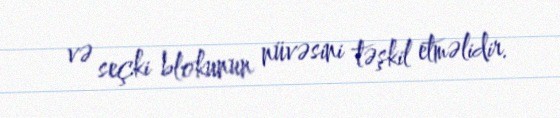
və seçki blokunun nüvəsini təşkil etməlidir.